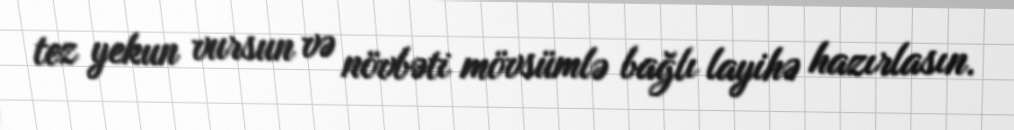
tez yekun vursun və növbəti mövsümlə bağlı layihə hazırlasın.